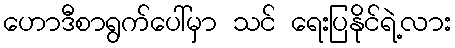
ဟောဒီစာရွက်ပေါ်မှာ သင် ရေးပြနိုင်ရဲ့လား